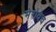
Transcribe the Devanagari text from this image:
मेरोवेच